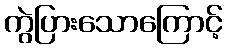
ကွဲပြားသောကြောင့်